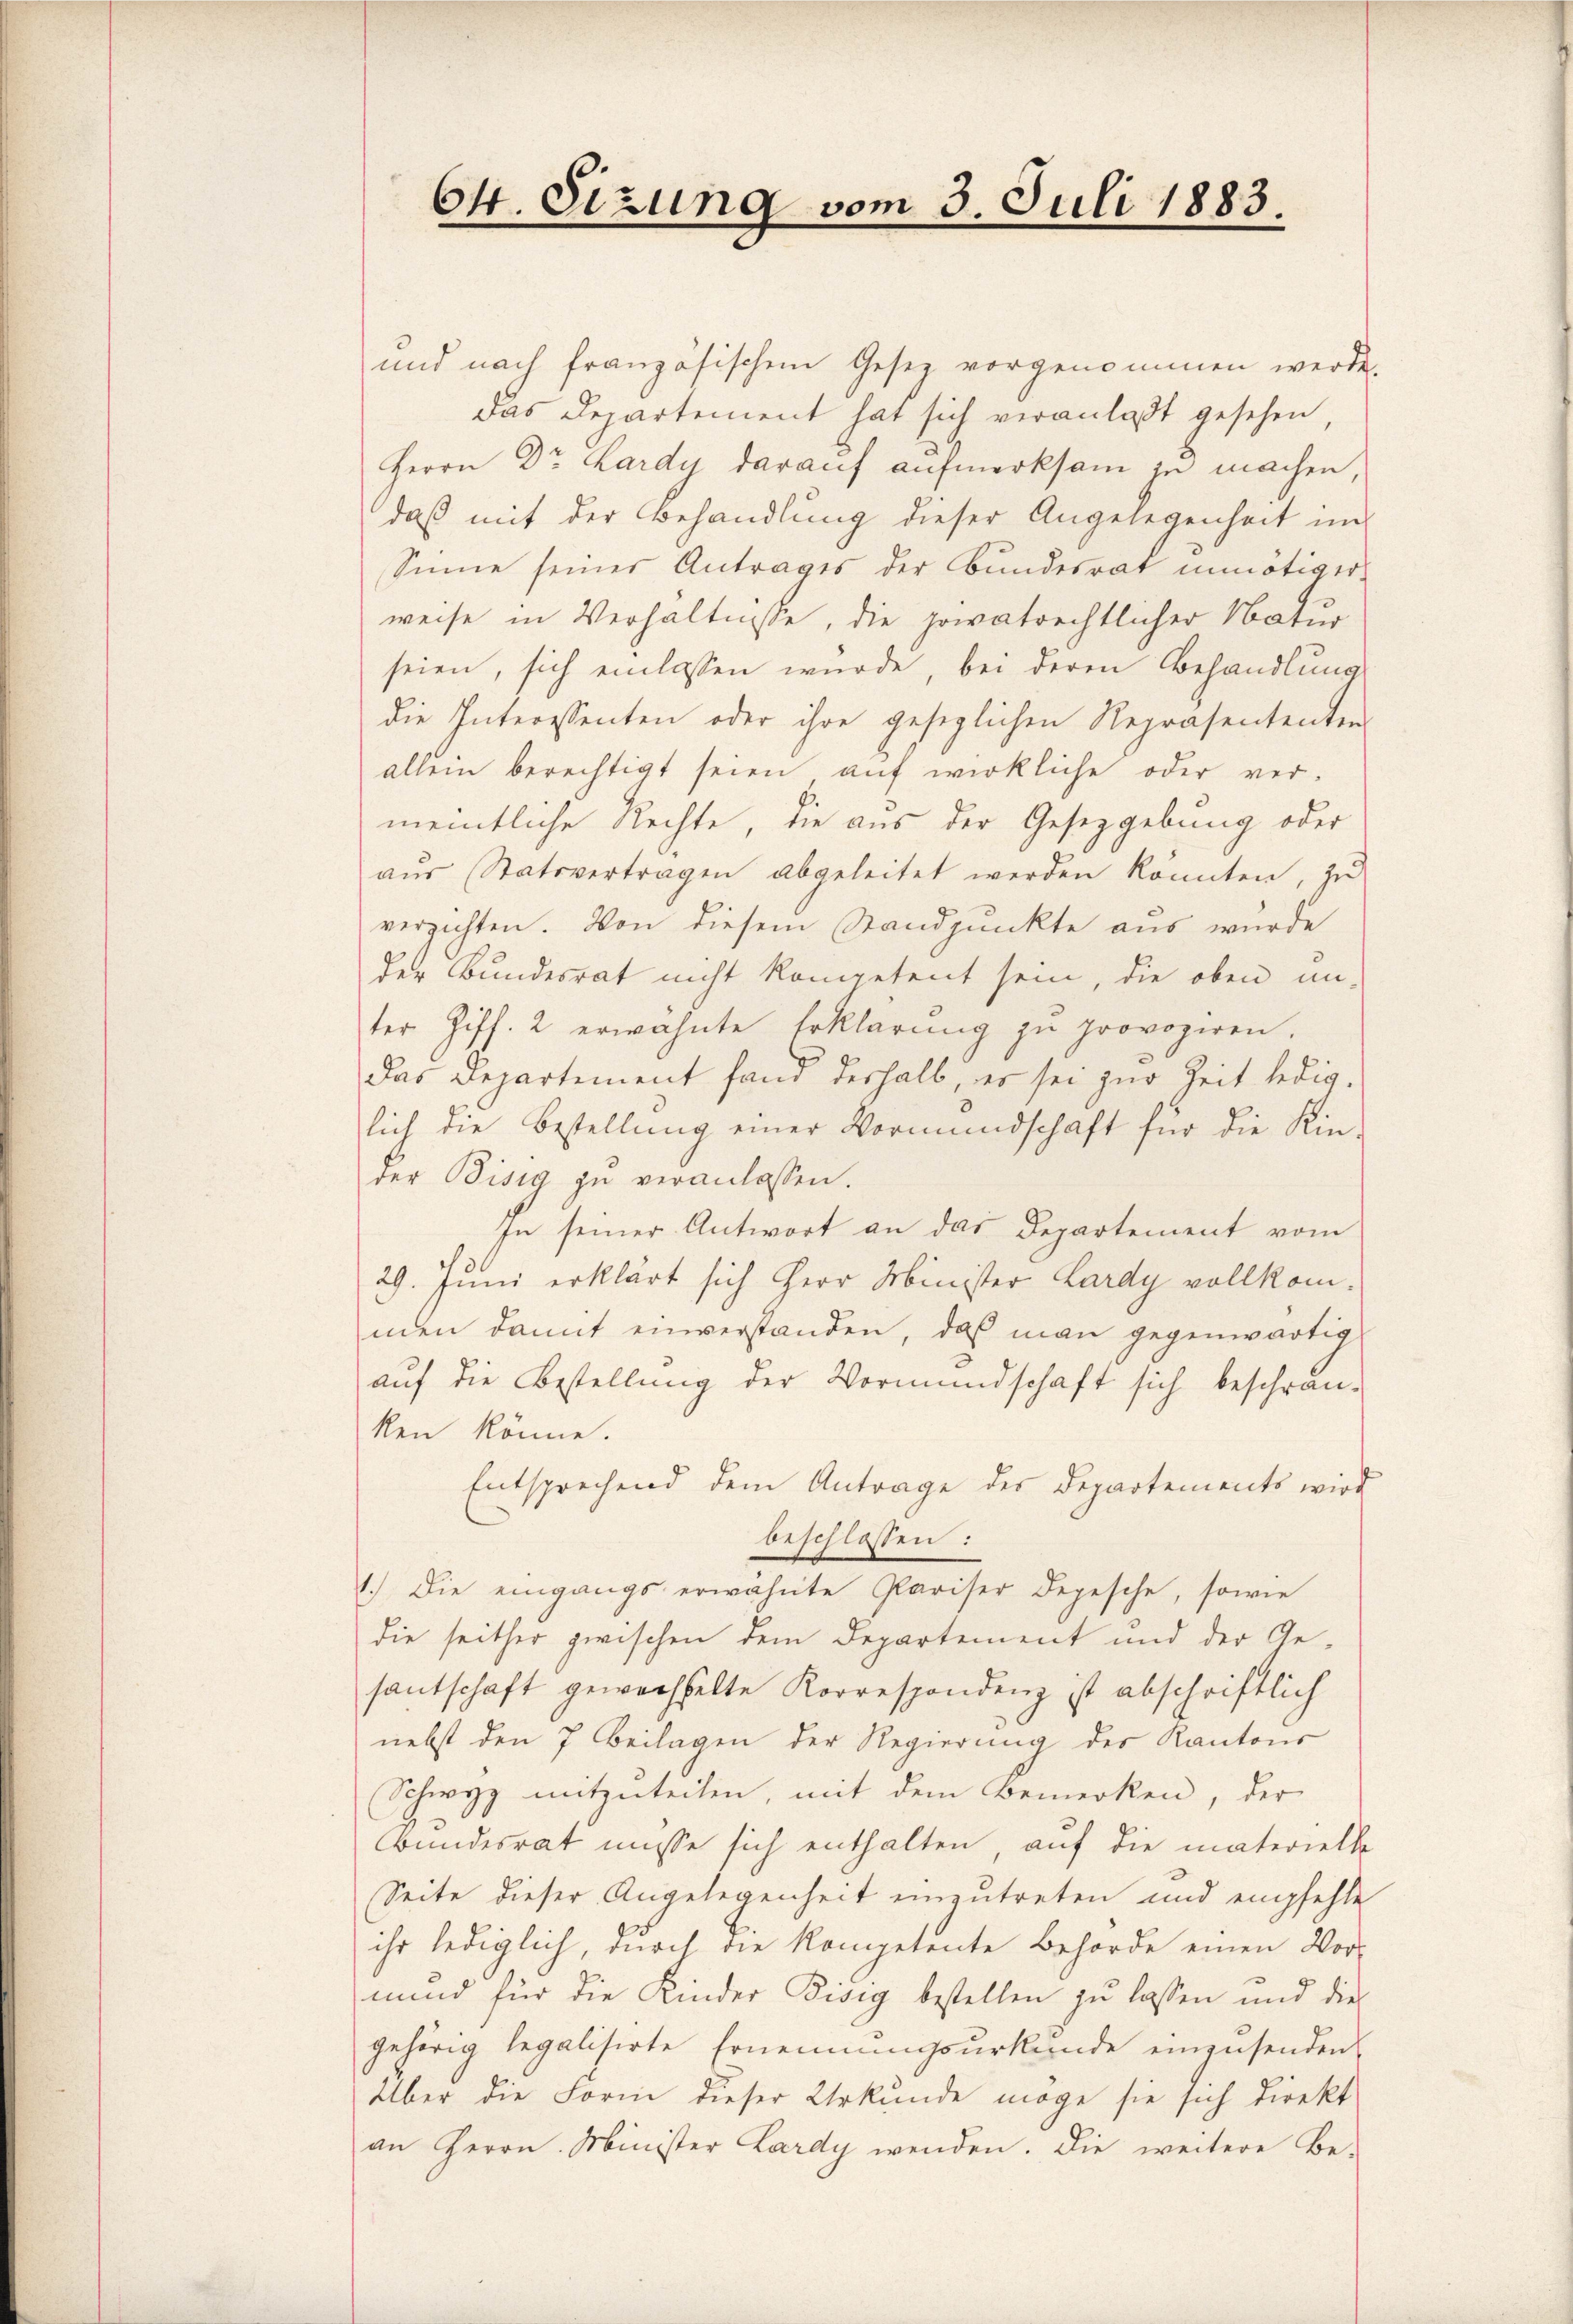
64. Sizung vom 3. Juli 1883.

und nach französischen Gesez vorgenommen werde.
das Departement hat sich veranlaßt gesehen,
Herrn Dr. Lardy darauf aufmerksam zu machen
daß mit der Behandlung dieser Angelegenheit im
Sinne seiner Antrages der Bundesrat unnötiger-
weise in Verhältnisse, die privatrechtlicher Natur
seien, sich einlassen wurde, bei deren Behandlung
die Interessenten oder ihre gesezlichen Repräsententen
allein berechtigt seien auf wirkliche oder ver-
meintliche Rechte, die aus der Gesetzgebung oder
aŭs Statsvertragen abgeleitet werden konnten, zu
verzichten. Von diesem Standpunkte aus wurde
der Bundesrat nicht kompetent sein, die oben un-
ter Ziff. 2 erwähnte Erklärŭng zŭ provoziren.
Das Departement fand deshalb, es sei zur Zeit ledig-
lich die Bestellung einer Vormundschaft für die Kin
der Bisig zu veranlassen.
In seiner Antwort an das Departement vom
29. Juni erklärt sich Herr Minister Lardy vollkomnden damit einverstanden, daß man gegenwärtig
auf die Bestellung der Vormundschaft sich beschrän-
ken könne.
Entsprechend dem Antrage der Departements wird
beschlossen:
1.) Die eingangs erwähnte Pariser Depesche, sowie
die seither zwischen dem Departement und der Gesantschaft gewechselte Korrespondenz ist abschriftlich
nebst den 7 Beilagen der Regierung des Kantons
Schwyz mitzuteilen, mit dem Bemerken, der
Bundesrat müsse sich enthalten, auf die materielle
Seite dieser Angelegenheit einzutreten und empfehle
ihr lediglich, durch die kompetente Behörde einen Vor-
nund für die Kinder Bisig bestellen zŭ lassen und die
gehörig legalisirte Ernennungsurkunde einzusenden,
Über die Form dieser Urkunde möge sie sich direkt
an Herrn Minister Lardy wenden. Die weitere Be-